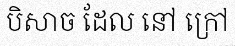
បិសាច ដែល នៅ ក្រៅ